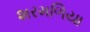
શરમળિયા